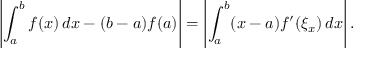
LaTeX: \left| \int _ { a } ^ { b } f ( x ) \, d x - ( b - a ) f ( a ) \right| = \left| \int _ { a } ^ { b } ( x - a ) f ^ { \prime } ( \xi _ { x } ) \, d x \right| .